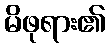
မိဖုရား၏